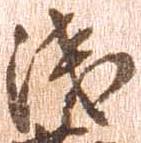
浅